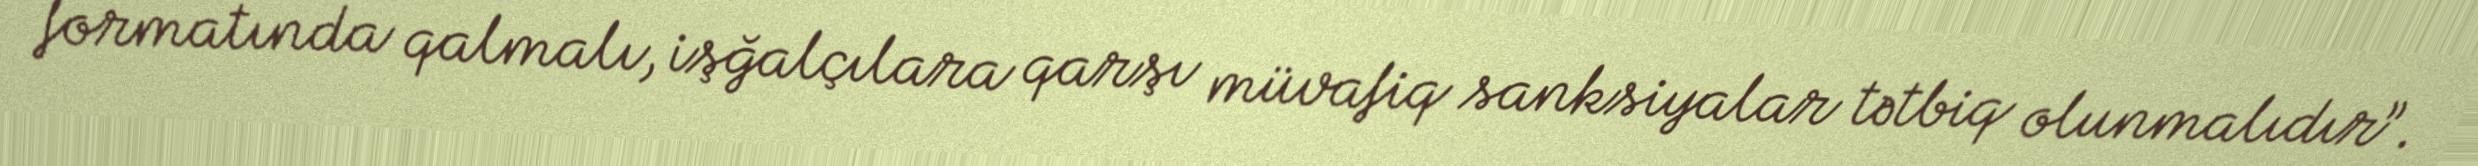
formatında qalmalı, işğalçılara qarşı müvafiq sanksiyalar tətbiq olunmalıdır”.